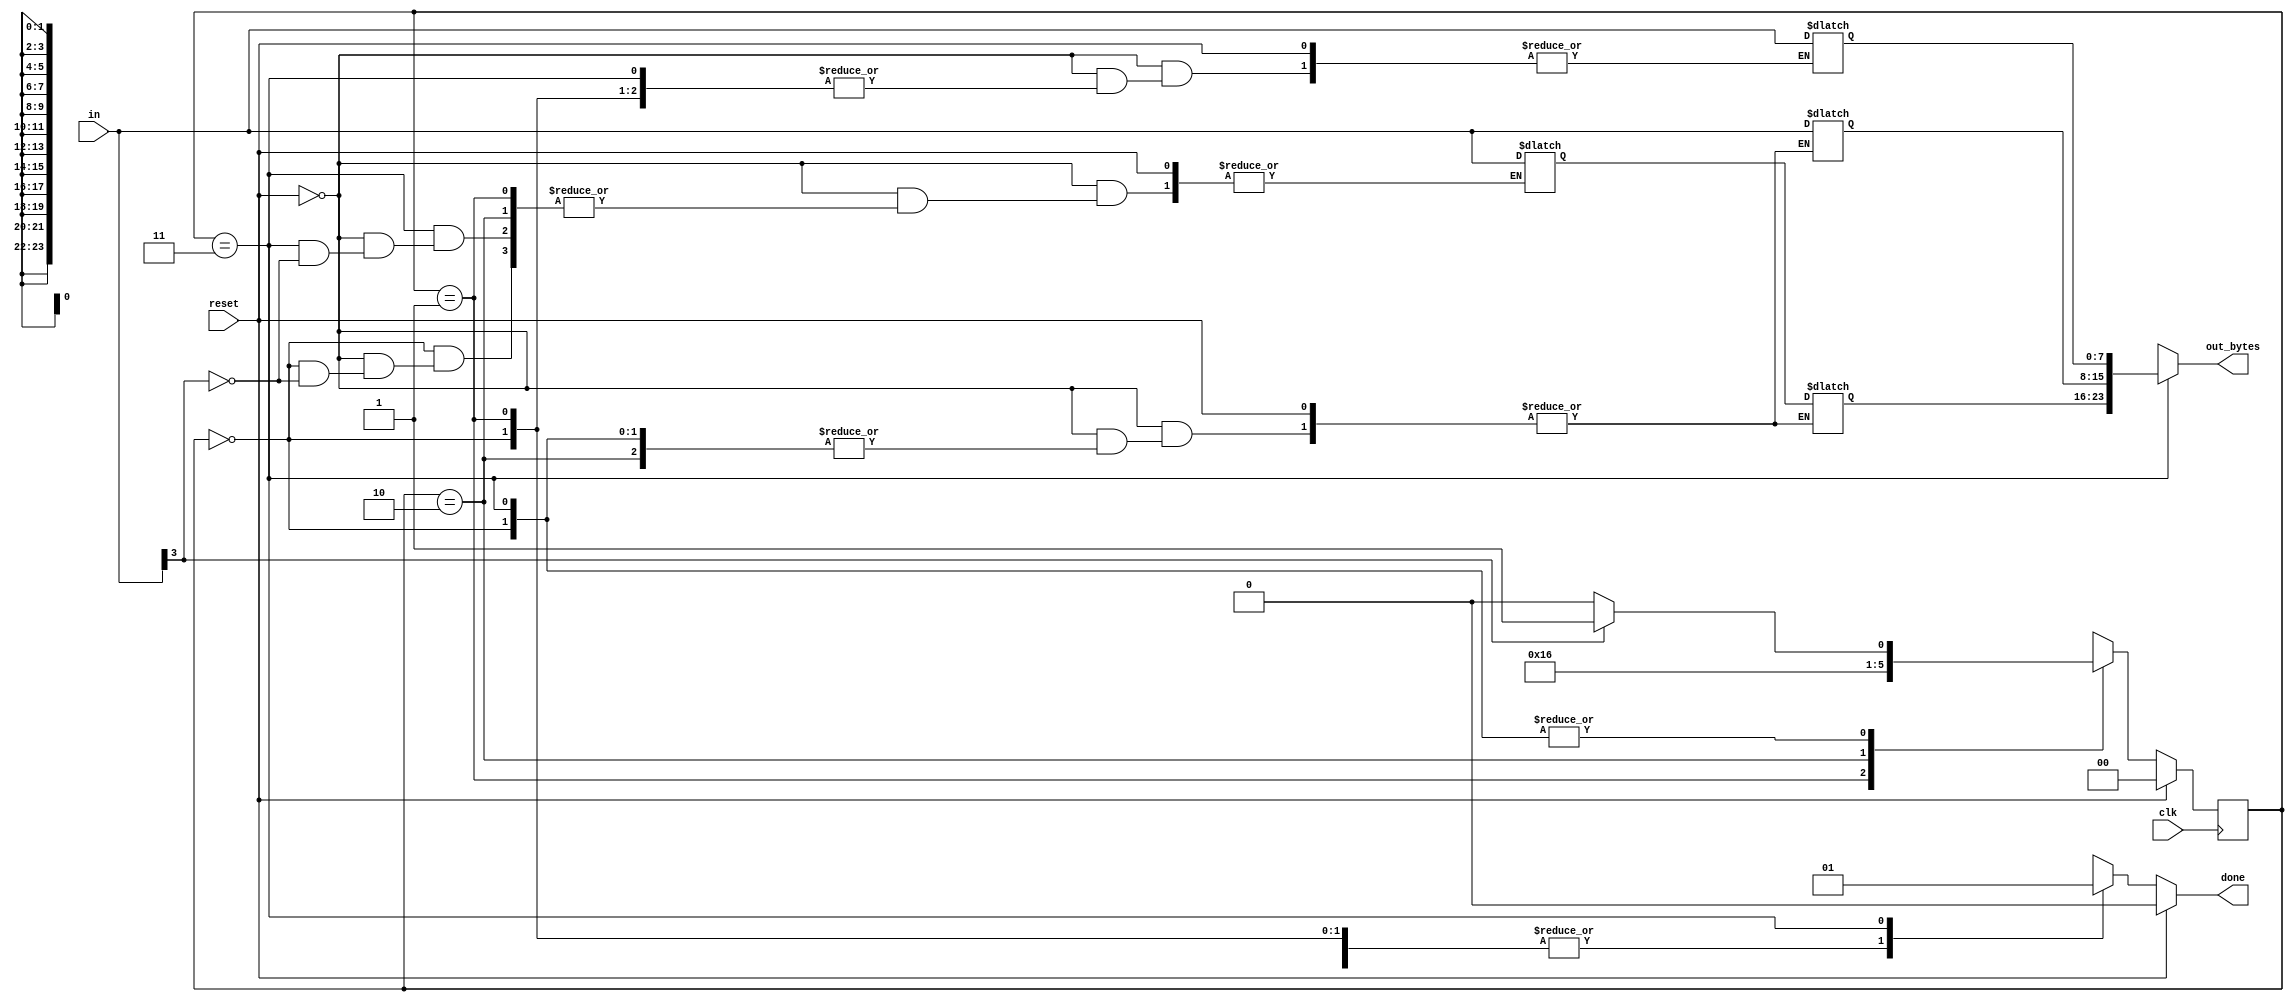
module top_module(
    input clk,
    input [7:0] in,
    input reset,    // Synchronous reset
    output [23:0] out_bytes,
    output done); //

    reg [1:0] state, next_state;
    reg [23:0] data_received;
    reg [7:0] missing_bits;
    parameter A=0, B=1, C=2, D=3;
	
    always @(*) 
        begin
            done = 0;
            if (reset)
                begin 
                    next_state = A;
                end
            else
                begin
                    case (state)
                        A: begin
                                if (in[3] == 1)
                                    begin
                                        next_state = B;
                                        missing_bits = in;
                                    end
                                else 
                                    begin
                                        next_state = A;
                                    end   
                            end
                        B: begin
                                begin
                                    next_state = C;
                                    data_received[23:16] = missing_bits;
                                    data_received[15:8] = in;
                                end   
                            end
                        C: begin
                                begin
                                    next_state = D;
                                    data_received[7:0] = in;
                                end   
                            end
                        D: begin // Needs to spend 1 cycle at state D to output done signal 1 clock cycle
                                done = 1;
                                if (in[3] == 1)
                                    begin
                                        next_state = B;
                                        missing_bits = in;
                                    end
                                else 
                                    begin
                                        next_state = A;
                                    end   
                            end
                	endcase
        	end
		end
    
    always @ (posedge clk) begin
        state <= next_state;
    end
    
    always @(state)
        begin
            if (state == D)
                begin
                    out_bytes = data_received;
                end
            else 
                begin
                    out_bytes = 'bx;
                end
        end
    
    
    
endmodule